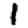
Digit: 1